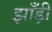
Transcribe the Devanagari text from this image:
झाँड़ी